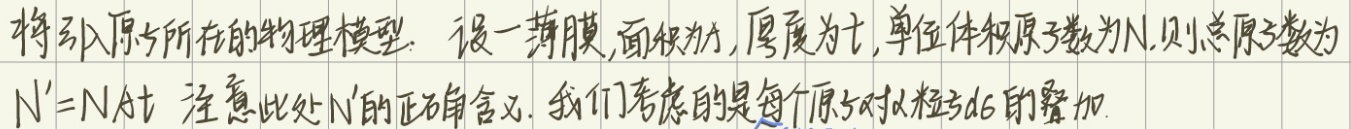
将引入原子所在的物理模型. 设一薄膜, 面积为 \(S\), 厚度为 \(t\), 单位体积原子数为 \(N\). 则总原子数为 \(N' = NSt\). 注意此处 \(N'\) 的正确含义. 我们考虑的是每个原子对 \(\alpha\) 粒子 \(d\sigma\) 的叠加.